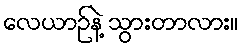
လေယာဉ်နဲ့ သွားတာလား။